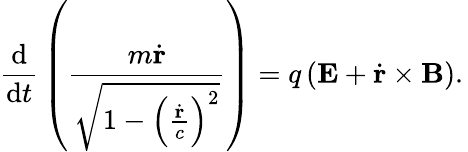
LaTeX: {\frac{\mathrm{d}}{\mathrm{d}t}}\left({\frac{m{\dot{\mathbf{r}}}}{\sqrt{1-\left({\frac{\dot{\mathbf{r}}}{c}}\right)^{2}}}}\right)=q\left(\mathbf{E}+{\dot{\mathbf{r}}}\times\mathbf{B}\right).\,